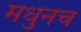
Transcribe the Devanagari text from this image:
मधुनच